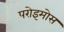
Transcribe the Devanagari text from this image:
परोइमोस